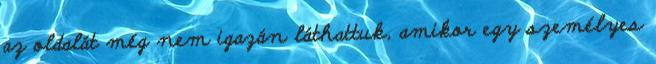
az oldalát még nem igazán láthattuk, amikor egy személyes